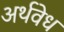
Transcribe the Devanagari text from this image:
अर्थवेध